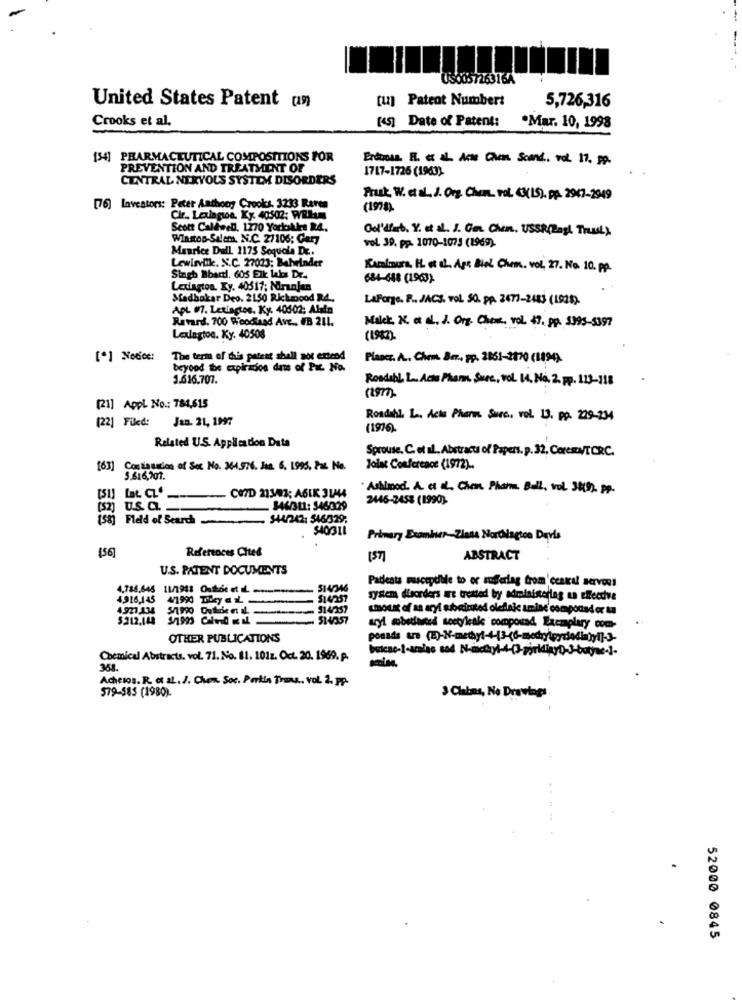
USO057263164
[u] Patent Number:
5,726,316
United States Patent [19)
Crooks et al.
(45] Date of Patent:
.Mar. 10, 1998
[34] PHARMACEUTICAL COMPOSITIONS FOR
Erdtman. F. et AL. Acat Chen. Scand .. vol. 17, pp.
PREVENTION AND TREATMENT OF
1717-1726 (1963)
CENTRAL NERVOUS SYSTEM DISORDERS
Fruk, W. et al. J. Org. Chem. vol. 43(15). PP. 2947-2949
[76] Investors: Peter Anthony Crooks. 3233 Raven
(1978).
Cir. Laxlagoa. Ky. 40502: Willum
Scott Caldwell. 1270 Yorkikkes RA.
Out'd'ab, Y. et al. J. Com. Chen, USSR(Ragt Trul)
Wastoo-Salem, N.C. 27106: Gary
vol 39, pp. 1070-1073 (1969)
Maurice Dell. 1175 Sequela De ..
Lewisviik. N.C. 27023; Bahrinder
Kaminurs. H. at d. Agr Biel Chem. vol, 27. No. 10. pp.
Stagh Bbart. 605 Elk lakos De.
684-448 (1963)-
Lexington. Ky. 40517; Miranjan
Madbakar Deo. 2150 Rickmood RA ..
LaForge. F. JACS, vol. 50. pp. 2477-2483 (192)
APL #7. Letiantes, Ky. 40502; Alata
Retard. 700 Woodinad Av ... VB 211.
Malik, N. a . J. Org. Chem, vol. 47, pp. 5993-5397
Lexington. Ky. 40508
(1982).
[*] Notice:
The term of this patent shall not extend
Plancr. A .. Chem. Brr ., pp. 2861-2170 (1894).
beyond te expirados date of Pa No.
3.616.707.
Rondebl. L. Acla Pham Sare, vol 14, No. 2, pp. 113-118
[21] AppL No .: 784,615
[22] Filed: Jan. 21, 1997
Rondahl. L. Acta Pharm Surc ., vol. 13. pp. 229-234
(1976)
Related U.S. Application Data
Sprouse. C. et al. Abstracts of Papers. p. 32, CoresN/TCRC.
[63] Continuadon of Sec No. 364.576. Jan. 6. 1995. Pat Ne.
Joint Conference (1972) ..
5.616,701.
COTD 21303; A6IK 31444
"Ashimod. A. et al. Chem, Phan. Ball, vol. 38(9). pp-
[51] Lat CZ"
-
-
2446-2453 (1990).
(52) U.S. a ...
846/311: 346029
(58] Field of Search
$44/242: 546/329;
S40311
Primary Examiner-Zlass Nordagton Davis
(56]
Refertoces Ches
157]
ABSTRACT
U.S. PATENT DOCUMENTS
Padeats mascepoble to or suffering from'central nervous
4,786,645 11/1918 Outée et IL ---**-
514/346
4.916,145
514257
system disorders re treated by administering un effective
514/257
amount of sa aryl substituted oledlaje amine compound or ta
$212.148 5/1993 CHluid = il
514/357
aryl mbetlared scetyleals compound Exczaplary com-
OTHER PUBLICATIONS
Chemical Abstracts. vol. 71. No. 81. 101z. Oct. 20. 1969. A.
Accesos. R. o al. J. Chen. Soc. Parkin Trans, vol. 2, pp.
579-585 (1980).
3 Claims, Ne Drawings
52000 0845